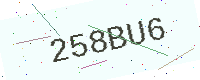
Text: 258BU6